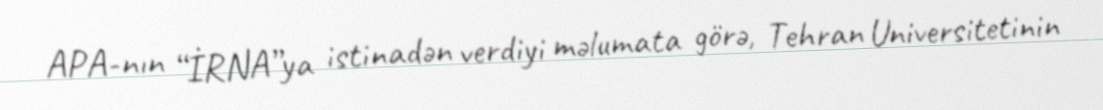
APA-nın “İRNA”ya istinadən verdiyi məlumata görə, Tehran Universitetinin